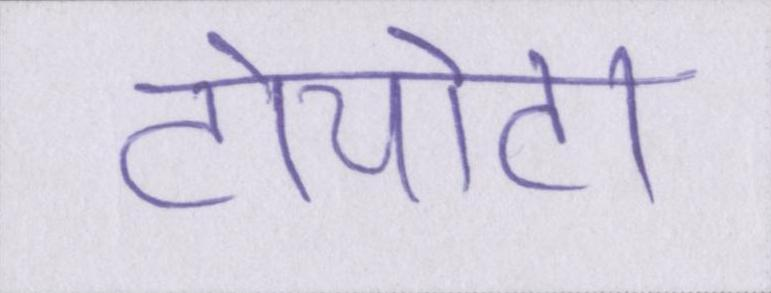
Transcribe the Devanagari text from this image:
टोयोटा